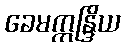
ခေမဣန္ဒြိယ